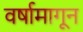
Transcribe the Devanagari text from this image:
वर्षामागून